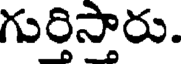
గుర్తిస్తారు.